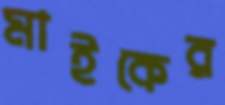
মাইকের